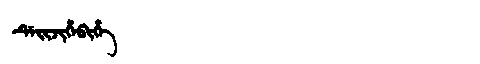
Manchu: ᡩᡝᡳᠵᡳᡥᡝᠪᡳᡥᡝ
Romanization: DEIJIHEBIHE